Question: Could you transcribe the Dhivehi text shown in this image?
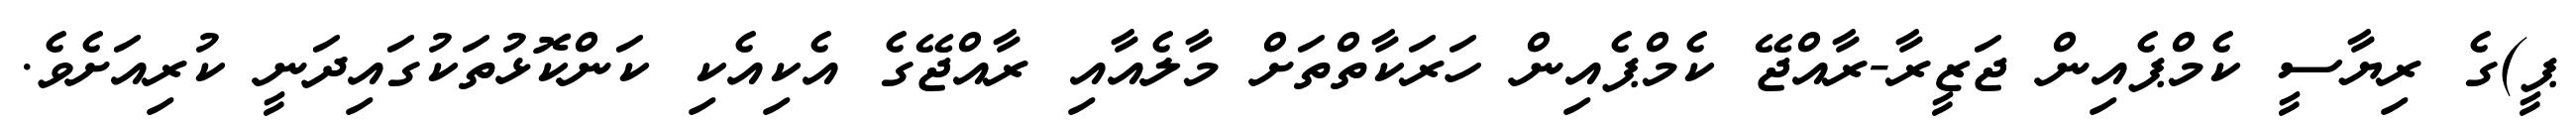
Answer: ޕީ)ގެ ރިޔާސީ ކެމްޕެއިން ޖަޒީރާ-ރާއްޖޭ ކެމްޕެއިން ހަރަކާތްތަށް މާލެއާއި ރާއްޖޭގެ އެކިއެކި ކަންކޮޅުތަކުގައިދަނީ ކުރިއަށެވެ.